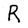
Character: R